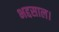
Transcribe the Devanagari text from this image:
भद्दसाल।